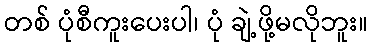
တစ် ပုံစီကူးပေးပါ၊ ပုံ ချဲ့ဖို့မလိုဘူး။